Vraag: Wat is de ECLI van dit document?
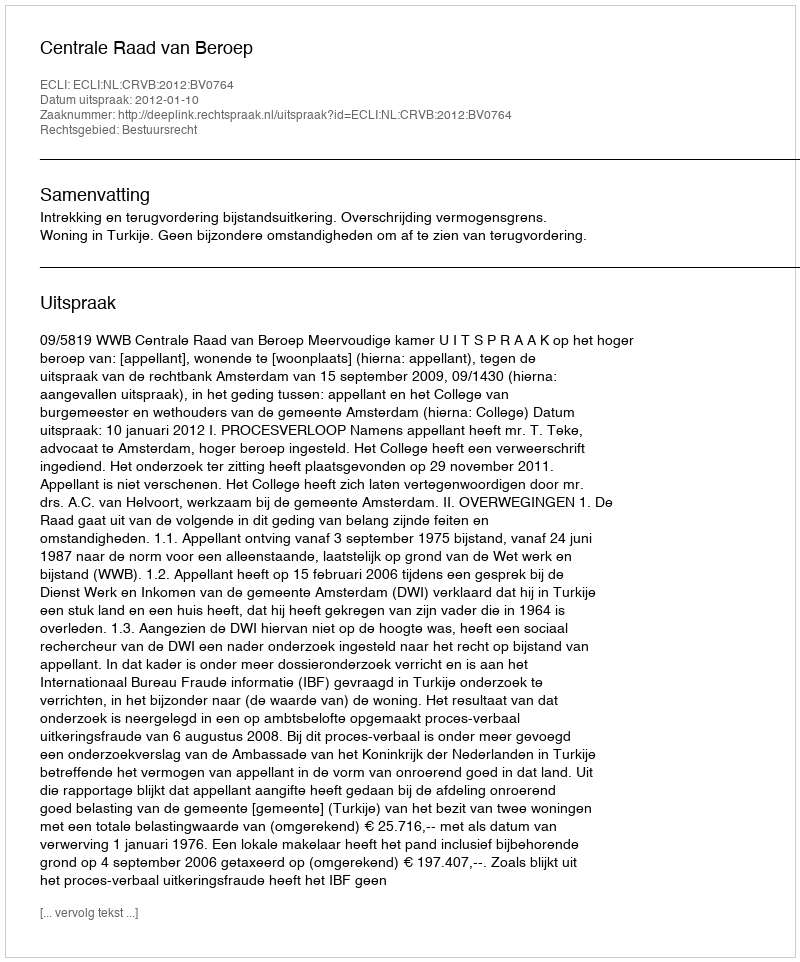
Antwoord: ECLI:NL:CRVB:2012:BV0764